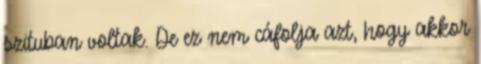
szituban voltak. De ez nem cáfolja azt, hogy akkor